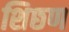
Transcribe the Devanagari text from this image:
शिछण